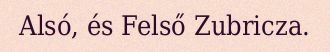
Alsó, és Felső Zubricza.